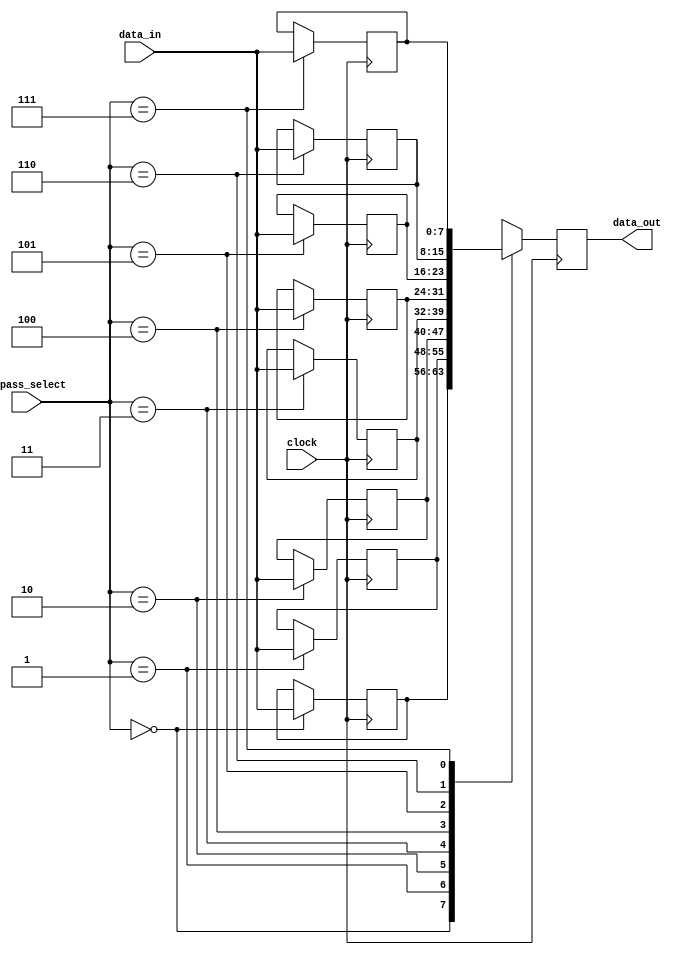
module bypass_register (
    input [7:0] data_in,
    input [2:0] bypass_select,
    input clock,
    output reg [7:0] data_out
);

reg [7:0] registers [0:7];

always @(posedge clock) begin
    case (bypass_select)
        3'b000: data_out <= registers[0];
        3'b001: data_out <= registers[1];
        3'b010: data_out <= registers[2];
        3'b011: data_out <= registers[3];
        3'b100: data_out <= registers[4];
        3'b101: data_out <= registers[5];
        3'b110: data_out <= registers[6];
        3'b111: data_out <= registers[7];
    endcase
end

always @(posedge clock) begin
    registers[0] <= (bypass_select == 3'b000) ? data_in : registers[0];
    registers[1] <= (bypass_select == 3'b001) ? data_in : registers[1];
    registers[2] <= (bypass_select == 3'b010) ? data_in : registers[2];
    registers[3] <= (bypass_select == 3'b011) ? data_in : registers[3];
    registers[4] <= (bypass_select == 3'b100) ? data_in : registers[4];
    registers[5] <= (bypass_select == 3'b101) ? data_in : registers[5];
    registers[6] <= (bypass_select == 3'b110) ? data_in : registers[6];
    registers[7] <= (bypass_select == 3'b111) ? data_in : registers[7];
end

endmodule